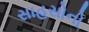
સાહસોનો